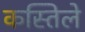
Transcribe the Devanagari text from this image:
कस्तिले